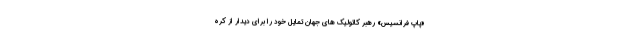
«پاپ فرانسیس» رهبر کاتولیک های جهان تمایل خود را برای دیدار از کره